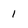
Character: 1